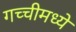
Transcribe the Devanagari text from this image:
गच्चीमध्ये